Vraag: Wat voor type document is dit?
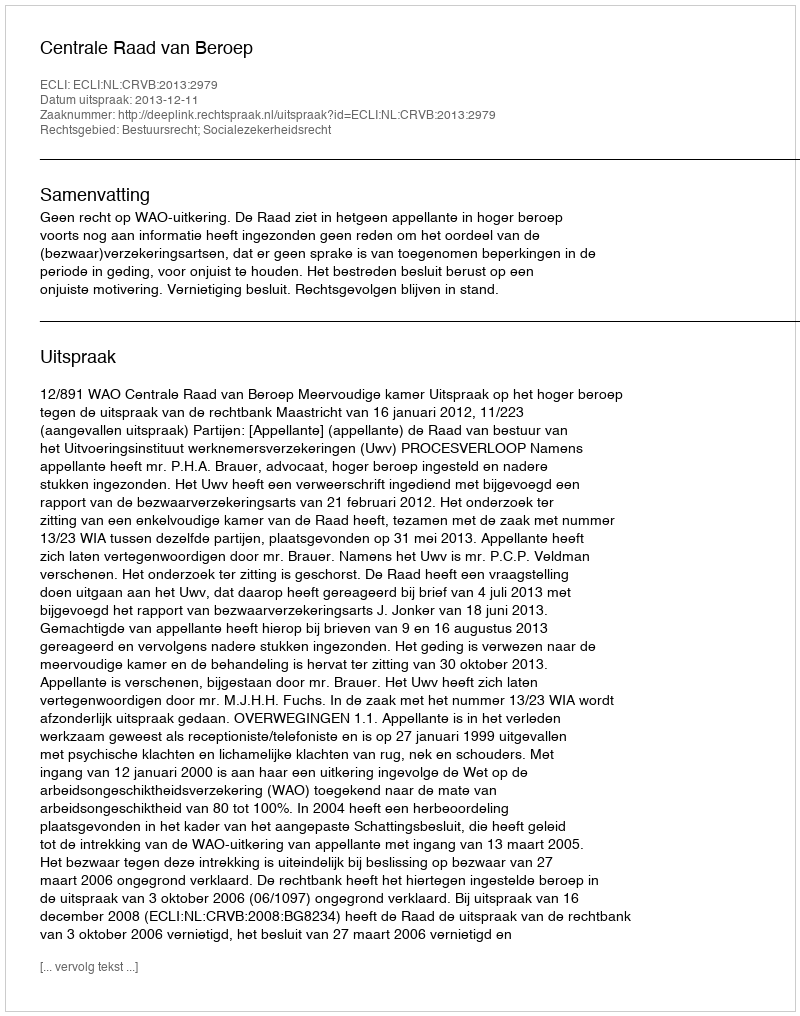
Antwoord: Uitspraak